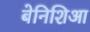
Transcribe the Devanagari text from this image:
बेनिशिआ